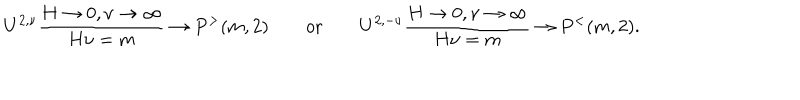
U ^ { 2 , \nu } { \frac { H \rightarrow 0 , \nu \rightarrow \infty } { H \nu = m } } \rightarrow P ^ { > } ( m , 2 ) \qquad \mathrm { o r } \qquad U ^ { 2 , - \nu } { \frac { H \rightarrow 0 , \nu \rightarrow \infty } { H \nu = m } } \rightarrow P ^ { < } ( m , 2 ) .